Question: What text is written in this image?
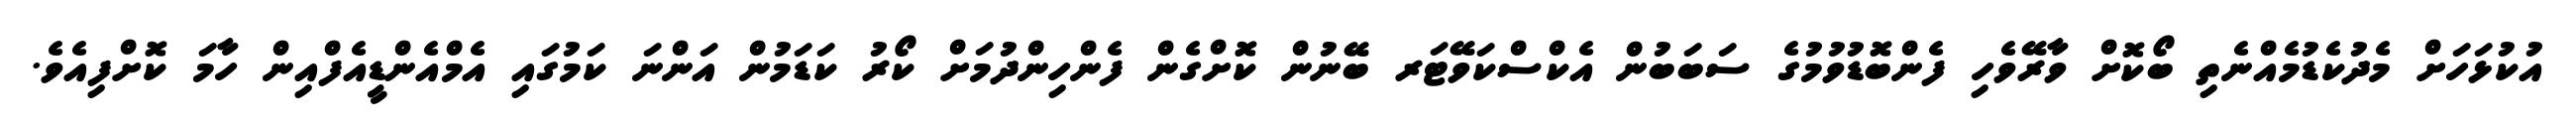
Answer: އުކުޅަހަށް މެދުކެޑުމެއްނެތި ބޯކޮށް ވާރޭވެހި ފެންބޮޑުވުމުގެ ސަބަބުން އެކްސްކަވޭޓަރ ބޭނުން ކޮށްގެން ފެންހިންދުމަށް ކޯރު ކަޑަމުން އަންނަ ކަމުގައި އެމްއެންޑީއެފްއިން ހާމަ ކޮށްފިއެވެ.